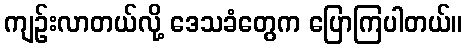
ကျဉ်းလာတယ်လို့ ဒေသခံတွေက ပြောကြပါတယ်။